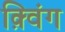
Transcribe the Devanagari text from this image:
क़्विंग